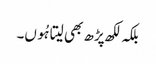
بلکہ لکھ پڑھ بھی لیتا ہُوں۔